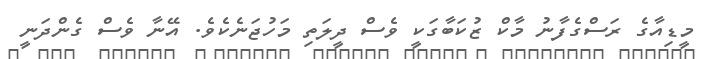
މީޑިއާގެ ރަސްގެފާނު މާކް ޒުކަބާގަކީ ވެސް ދީލަތި މަހުޖަނެކެވެ. އޭނާ ވެސް ގެންދަނީ